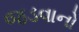
જડવાનો